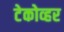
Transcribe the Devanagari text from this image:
टेकोव्हर